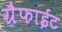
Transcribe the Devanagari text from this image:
ग्रैफाईट